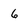
Character: 6